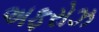
અફરોઝ